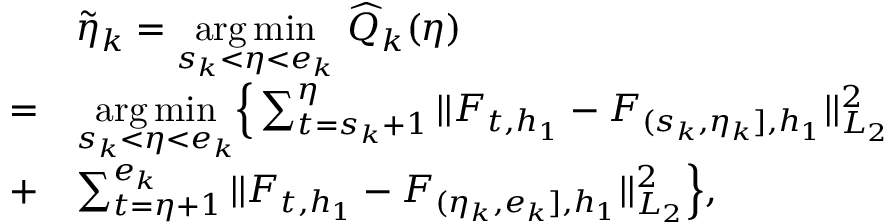
\begin{array} { r l } & { \widetilde { \eta } _ { k } = \underset { s _ { k } < \eta < e _ { k } } { \arg \operatorname* { m i n } } \ \widehat { Q } _ { k } ( \eta ) } \\ { = } & { \underset { s _ { k } < \eta < e _ { k } } { \arg \operatorname* { m i n } } \Big \{ \sum _ { t = s _ { k } + 1 } ^ { \eta } \vert \vert F _ { t , h _ { 1 } } - F _ { ( s _ { k } , \eta _ { k } ] , h _ { 1 } } \vert \vert _ { L _ { 2 } } ^ { 2 } } \\ { + } & { \sum _ { t = \eta + 1 } ^ { e _ { k } } \vert \vert F _ { t , h _ { 1 } } - F _ { ( \eta _ { k } , e _ { k } ] , h _ { 1 } } \vert \vert _ { L _ { 2 } } ^ { 2 } \Big \} , } \end{array}